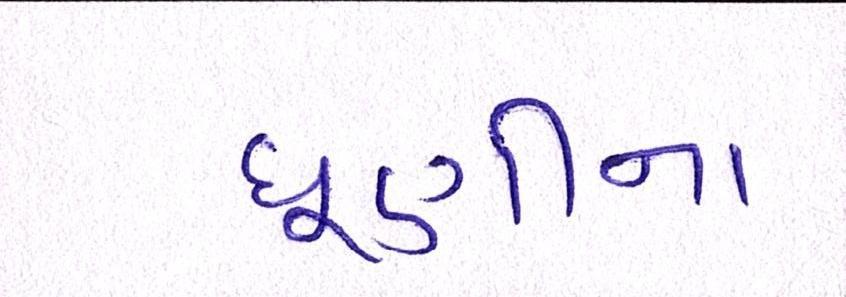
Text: ધૂણીના